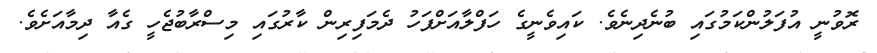
ރޮވުނީ އުފަލުންކަމުގައި ބުނެދިނެވެ. ކައިވެނީގެ ހަފްލާއަށްފަހު ދެމަފިރިން ކާރުގައި މިސްރާބުޖެހީ ގެއާ ދިމާއަށެވެ.